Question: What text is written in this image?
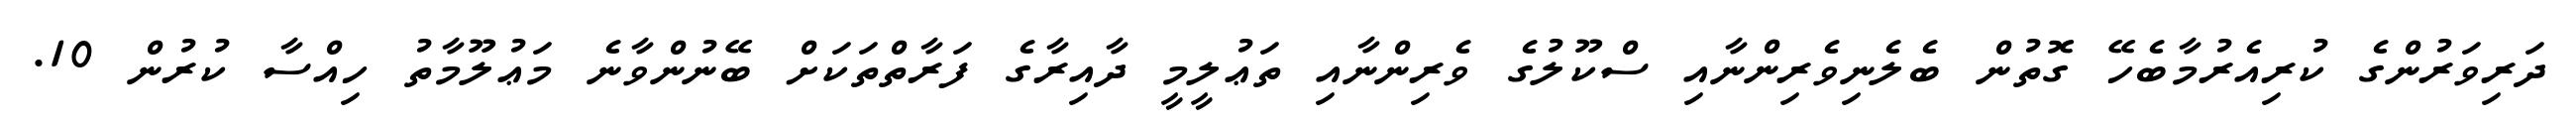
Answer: ދަރިވަރުންގެ ކުރިއެރުމާބެހޭ ގޮތުން ބެލެނިވެރިންނާއި ސްކޫލުގެ ވެރިންނާއި ތަޢުލީމީ ދާއިރާގެ ފަރާތްތަކަށް ބޭނުންވާނެ މަޢުލޫމާތު ހިއްސާ ކުރުން 10.